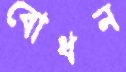
বোধন